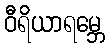
ဝီရိယာရမ္ဘေ